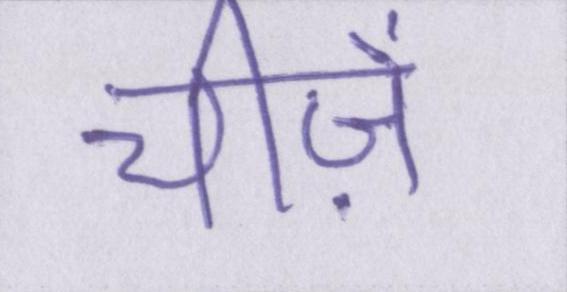
चीज़ें